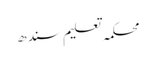
محکمہ تعلیم سندھ